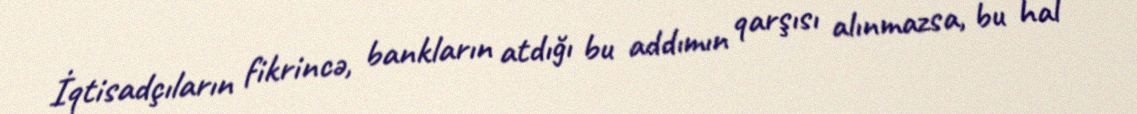
İqtisadçıların fikrincə, bankların atdığı bu addımın qarşısı alınmazsa, bu hal